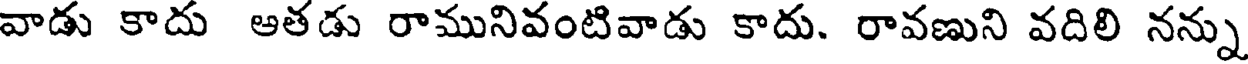
వాడు కాదు ఆతడు రామునివంటివాడు కాదు. రావణుని వదిలి నన్ను